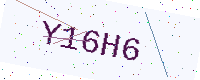
Text: Y16H6